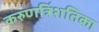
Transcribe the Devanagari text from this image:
करुणत्रिंशतिका